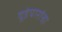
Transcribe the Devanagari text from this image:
वूडेयारांचा